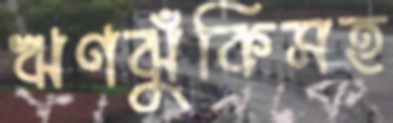
ঋণঝুঁকিসহ